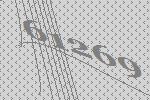
61269